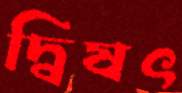
দ্বিষৎ